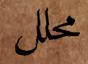
محلل